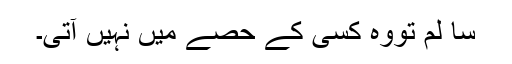
سا لم تووہ کسی کے حصے میں نہیں آتی۔